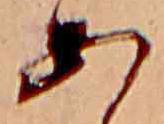
あ